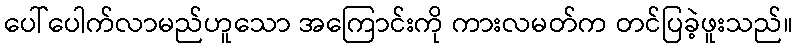
ပေါ်ပေါက်လာမည်ဟူသော အကြောင်းကို ကားလမတ်က တင်ပြခဲ့ဖူးသည်။